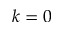
k = 0